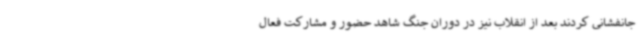
جانفشانی کردند بعد از انقلاب نیز در دوران جنگ شاهد حضور و مشارکت فعال